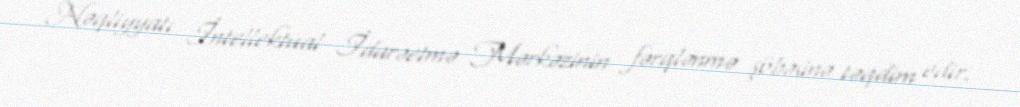
Nəqliyyatı İntellektual İdarəetmə Mərkəzinin fərqlənmə şöbəsinə təqdim edir.